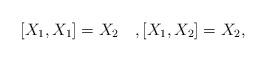
LaTeX: \begin{align*}[X_{1},X_{1}]=X_{2}\quad,[X_{1},X_{2}]=X_{2},\end{align*}